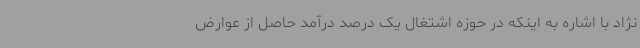
نژاد با اشاره به اینکه در حوزه اشتغال یک درصد درآمد حاصل از عوارض